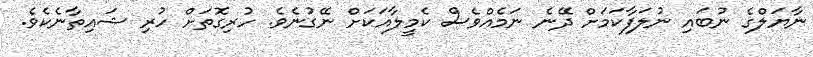
ނާޔަލްގެ ނުބައި ނުލަފާކަމަށް ދޭނެ ނަމެއްވެސް ކެމީލާއަކަށް ނޭގުނެވެ. ހުރިގޮތަށް ހުރި ޝައިތާނެކެވެ.